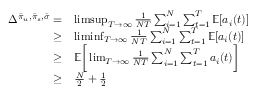
\begin{array} { r l } { \Delta ^ { \bar { \pi } _ { u } , \bar { \pi } _ { s } , \bar { \sigma } } = } & { \operatorname* { l i m s u p } _ { T \rightarrow \infty } \frac { 1 } { N T } \sum _ { i = 1 } ^ { N } \sum _ { t = 1 } ^ { T } \mathbb { E } [ a _ { i } ( t ) ] } \\ { \geq } & { \operatorname* { l i m i n f } _ { T \rightarrow \infty } \frac { 1 } { N T } \sum _ { i = 1 } ^ { N } \sum _ { t = 1 } ^ { T } \mathbb { E } [ a _ { i } ( t ) ] } \\ { \geq } & { \mathbb { E } \bigg [ \operatorname* { l i m } _ { T \rightarrow \infty } \frac { 1 } { N T } \sum _ { i = 1 } ^ { N } \sum _ { t = 1 } ^ { T } a _ { i } ( t ) \bigg ] } \\ { \geq } & { \frac { N } { 2 } + \frac { 1 } { 2 } } \end{array}